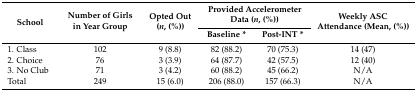
| <ROWSPAN=2> School | <ROWSPAN=2> Number of Girls in Year Group | <ROWSPAN=2> Opted Out (n, (%)) | <COLSPAN=2> Provided Accelerometer Data (n, (%)) | <ROWSPAN=2> Weekly ASC Attendance (Mean, (%)) |
 | Baseline * | Post-INT * |
 | --- | --- | --- | --- | --- | --- |
 | 1. Class | 102 | 9 (8.8) | 82 (88.2) | 70 (75.3) | 14 (47) |
 | 2. Choice | 76 | 3 (3.9) | 64 (87.7) | 42 (57.5) | 12 (40) |
 | 3. No Club | 71 | 3 (4.2) | 60 (88.2) | 45 (66.2) | N/A |
 | Total | 249 | 15 (6.0) | 206 (88.0) | 157 (66.3) | N/A |